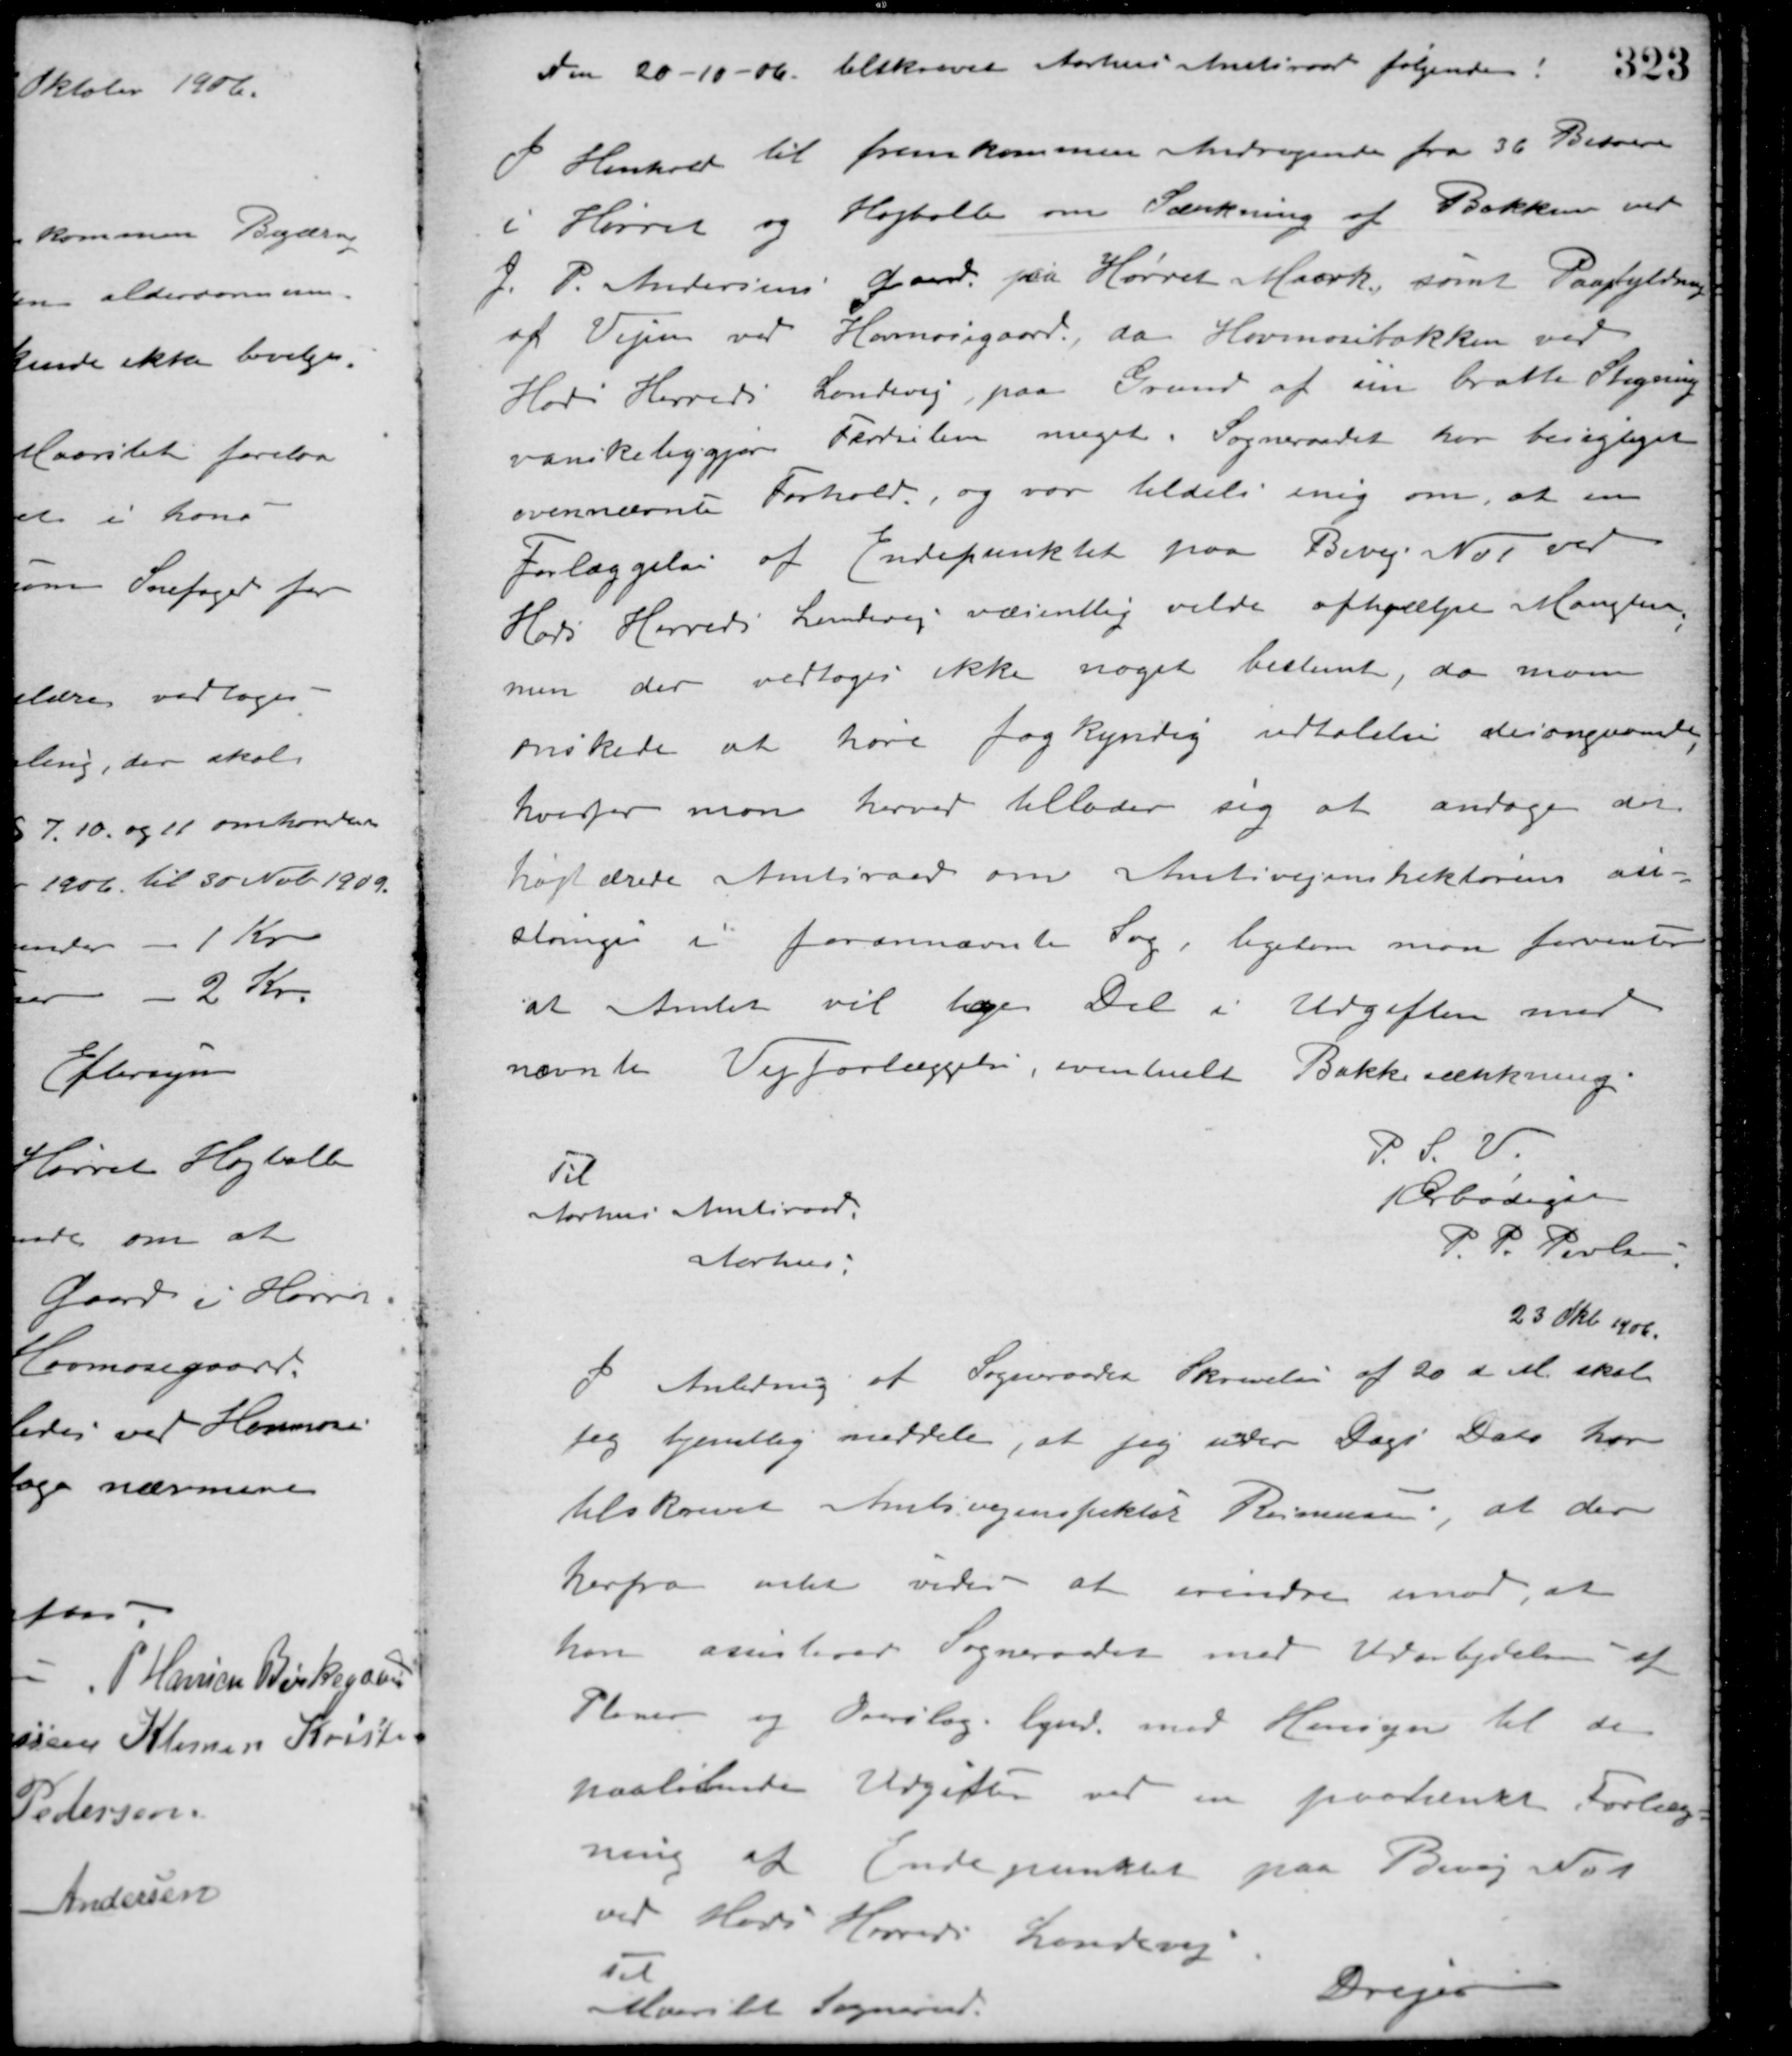
Transskription:
Den 20-10-06. tilskrivet Aarhus Amtsraad følgende:
I Henhold til fremkommen Andragende fra 36 Beboere
i Hørret og Højballe om Sænkning af Bakken ved
J. P. Andersens Gaard på Hørret Maark, samt Paafyldning
af Vejen ved Havmosegaard, da Havmosebakken ved
Hads Herreds Landevej paa Grund af sin bratte Stigning
vanskeliggjør Færdselen meget. Sogneraadet har besigtiget
ovennævnte Forhold, og var tildels enig om, at en
Forlæggelse af Endepunktet paa Bivej No 1 ved
Hads Herreds Landevej væsentlig vilde afhjælpe Manglen
men der vedtoges ikke noget bestemt, da man
ønskede at høre fagkyndig udtalelse desangaaende
hvorfor man herved tillader sig at andrage det
højtærede Amtsraad om Amtsvejinspektørens an-
slanges i forannævnte Sag, ligesom man forventer
at Amtet vil tage Del i Udgiften med
nævnte Vejforlæggelse, eventuelt Bakkesænkning.
P. S. V.
Ærbødigst
P. P. Poulsen
Til
Aarhus Amtsraad.
Aarhus.
23 Okt. 1906
I Anledning af Sogneraadets Skrivelse af 20 d. M. skal
Jeg tjenstlig meddele, at jeg under Dags Dato har
tilskrevet Amtsvejinspektør Rasmussen, at der
herfra ikke videre at erindre imod, at
han assisterer Sogneraadet med Udarbejdelsen af
Planer og Overslag lynd. med Hensyn til de
paaløbende Udgifter ved en paatænkt Forlæg-
ning af Endepunktet paa Bivej No 1
ved Hads Herreds Landevej
Drejer
Til
Maarslet Sogneraad